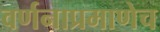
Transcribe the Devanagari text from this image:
वर्णनाप्रमाणेच